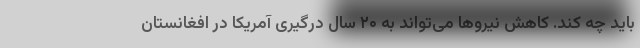
باید چه کند. کاهش نیروها می‌تواند به ۲۰ سال درگیری آمریکا در افغانستان